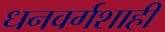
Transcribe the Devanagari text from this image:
धनवर्गशाही